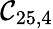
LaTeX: \mathcal{C}_{25,4}